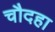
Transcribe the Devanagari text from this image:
चौदहा